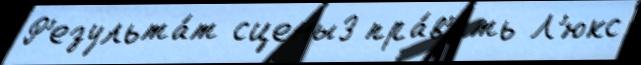
Р'езульта́т сцены3 пра́в'ить Л'юкс